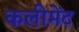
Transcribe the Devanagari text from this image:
कलीमेंट